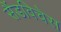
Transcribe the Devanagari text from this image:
सैंडविचेस